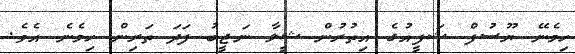
ހިމެނޭ ޔޫސުފް ޝަފީއުގެ އިތުރުން ޝީލާ ނަޖީބު ފަދަ ތަރިން ހިމެނެ އެވެ.